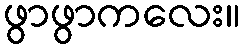
ဖွာဖွာကလေး။